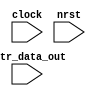
module vctrout(
	input			clock,
	input			nrst,
	input	[7:0]	vctr_data_out
	);
	
	reg	[7:0]	vctrout_ch0	= 0;
	reg	[7:0]	vctrout_ch1	= 0;
	reg	[7:0]	vctrout_ch2	= 0;
	reg	[1:0] 	rx_state	= 0;
	reg	[12:0]	clock_counter = 0; 
	reg			bit_clock = 0;
	reg	[5:0]	clocker = 0;
	
	
	localparam clock_div = 625;
	
	always@(posedge clock)
		if(!nrst) begin
			clock_counter <= 0;
			end
		else if (clock_counter == clock_div) begin
			clock_counter <= 0;
			end
		else begin
			clock_counter <= clock_counter + 1;
			end
			
	always@(posedge clock)
		if(!nrst)
			bit_clock <= 0;
		else if (clock_counter == clock_div)
			bit_clock <= ~bit_clock;
		else
			bit_clock <= bit_clock;
			
	always@(posedge bit_clock)
		if(vctr_data_out == 8'h00)
			clocker <= 0;
		else if(vctr_data_out == 8'h01)
			clocker <= 20;
		else if(vctr_data_out == 8'h02)
			clocker <= 40;
		else
			if(clocker !=19 || clocker !=39 || clocker !=59)
				clocker <= clocker + 1;
			else
				clocker <= clocker;
				
	always@(posedge bit_clock)
		if(clocker <= 19)
			vctrout_ch0 <= vctr_data_out;
		else if(clocker <= 39)
			vctrout_ch1 <= vctr_data_out;
		else if(clocker <= 59)
			vctrout_ch2 <= vctr_data_out;
		else	
			begin
				vctrout_ch0 <= 0;
				vctrout_ch1 <= 0;
				vctrout_ch2 <= 0;
			end
		
endmodule